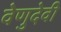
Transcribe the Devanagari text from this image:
वेणुदेवी